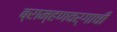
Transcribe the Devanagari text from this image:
ब्राम्हणवर्गाची